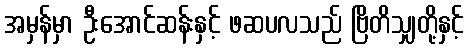
အမှန်မှာ ဦးအောင်ဆန်းနှင့် ဖဆပလသည် ဗြိတိသျှတို့နှင့်